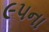
૯૫ના